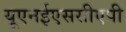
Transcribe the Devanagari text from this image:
यूएनईएससीएपी